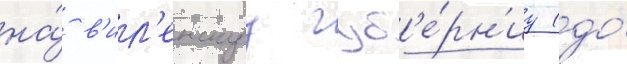
на́ в'ил'енскуу губ'е́рн'иу (до́